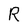
Character: R